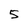
Character: 5